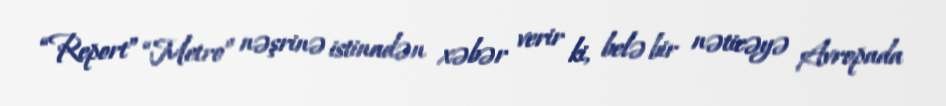
“Report” “Metro” nəşrinə istinadən xəbər verir ki, belə bir nəticəyə Avropada